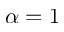
\alpha = 1